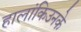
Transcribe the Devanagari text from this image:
हालांकिउनके